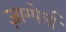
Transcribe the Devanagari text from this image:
ज़ाम्पेर्ला